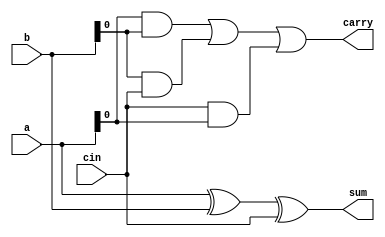
`timescale 1ns / 1ps
//////////////////////////////////////////////////////////////////////////////////
// Company: 
// Engineer: 
// 
// Design Name: 
// Module Name:    rcabeh 
// Project Name: 
// Target Devices: 
// Tool versions: 
// Description: 
//
// Dependencies: 
//
// Revision: 
// Revision 0.01 - File Created
// Additional Comments: 
//
//////////////////////////////////////////////////////////////////////////////////
module rcabeh(a,b,cin,sum,carry);
input[3:0] a,b;
input cin;
output reg [3:0] sum;
output reg carry;
always @ (a,b,cin)
begin
sum=a^b^cin;
carry={(a&b)|(b&cin)|(cin&a)};
end
endmodule